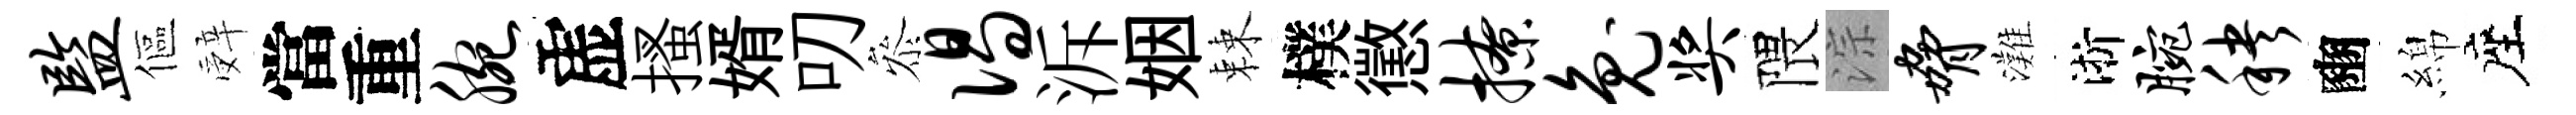
监傴辤當重腕虚搔婿叨叅偈泝姻棘樸懲撩兔奖隈淙胁灘淅腕秧豳綿座